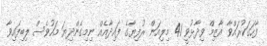
ފާހަގަކުރައްވާ އާޒިމް ވިދާޅުވީ 41 މިލިއަން ރުފިޔާގެ ފައިދާއެއް ނިމިގެންދިޔަ މަހުވެސް ލިބިފައިވާ